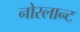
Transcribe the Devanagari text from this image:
नोरलान्ट